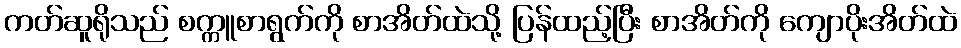
ကတ်ဆူရိုသည် စက္ကူစာရွက်ကို စာအိတ်ထဲသို့ ပြန်ထည့်ပြီး စာအိတ်ကို ကျောပိုးအိတ်ထဲ